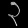
Digit: ၃